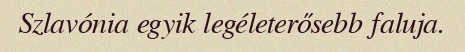
Szlavónia egyik legéleterősebb faluja.